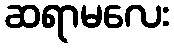
ဆရာမလေး